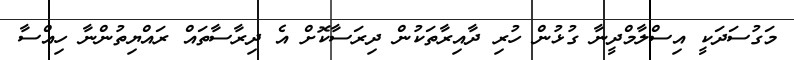
މަގުސަދަކީ އިސްލާމްދީނާ ގުޅުން ހުރި ދާއިރާތަކުން ދިރަސާކޮށް އެ ދިރާސާތައް ރައްޔިތުންނާ ހިއްސާ